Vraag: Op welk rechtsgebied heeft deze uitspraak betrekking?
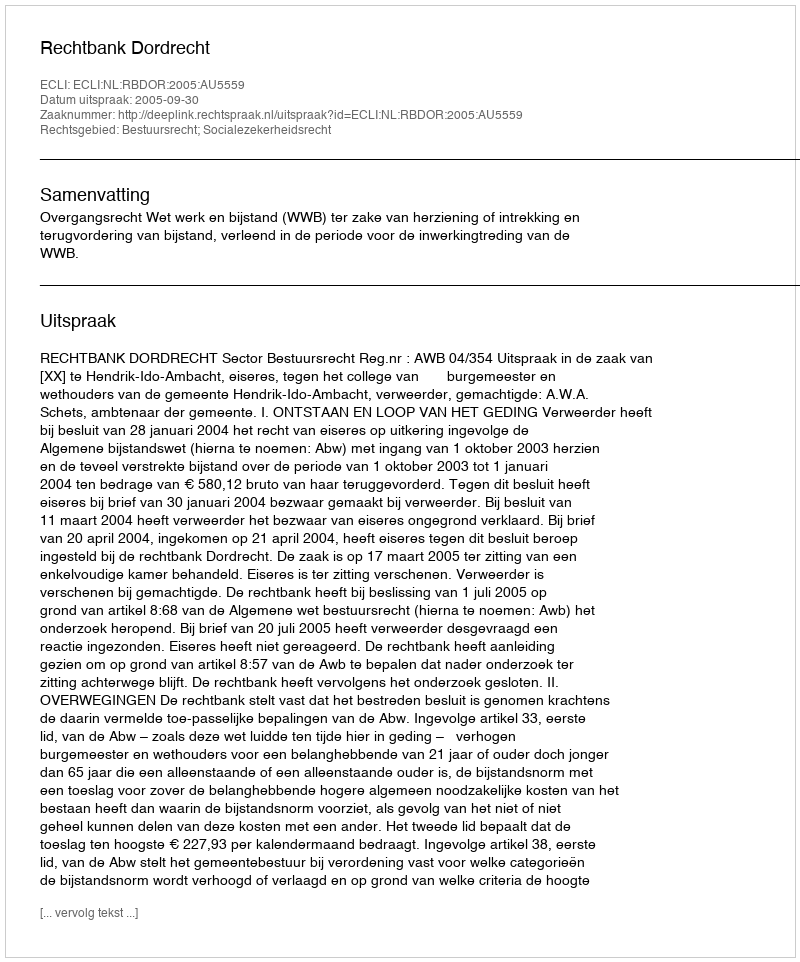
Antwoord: Bestuursrecht; Socialezekerheidsrecht